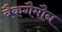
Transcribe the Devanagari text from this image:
बैकगैमौन